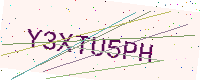
Text: Y3XTU5PH